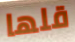
قلها